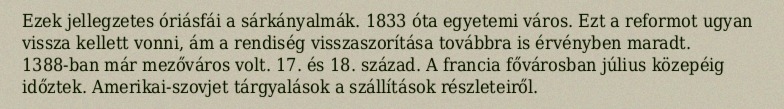
Ezek jellegzetes óriásfái a sárkányalmák. 1833 óta egyetemi város. Ezt a reformot ugyan vissza kellett vonni, ám a rendiség visszaszorítása továbbra is érvényben maradt. 1388-ban már mezőváros volt. 17. és 18. század. A francia fővárosban július közepéig időztek. Amerikai-szovjet tárgyalások a szállítások részleteiről.